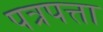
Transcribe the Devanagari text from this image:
पत्रपत्ता